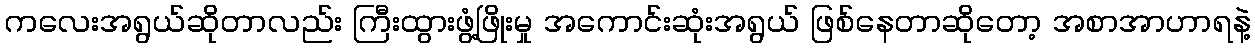
ကလေးအရွယ်ဆိုတာလည်း ကြီးထွားဖွံ့ဖြိုးမှု အကောင်းဆုံးအရွယ် ဖြစ်နေတာဆိုတော့ အစာအာဟာရနဲ့